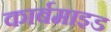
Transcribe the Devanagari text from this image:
कार्बमाइड